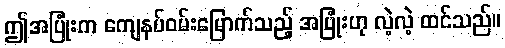
ဤအပြုံးက ကျေနပ်ဝမ်းမြောက်သည့် အပြုံးဟု လဲ့လဲ့ ထင်သည်။